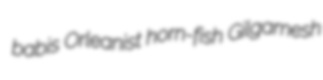
babis Orleanist horn-fish Gilgamesh